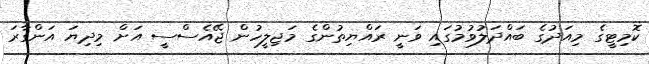
ކޮމިޓީގެ މިއަދުގެ ބައްދަލުވުމުގައި ވަނީ ރައްޔިތުންގެ މަޖިލީހުން ޖޭއެސްސީ އަށް މިދިޔަ އަންގާރަ